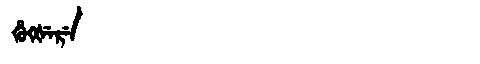
Manchu: ᡥᡠᡴᡧᡝᡵᡝ
Romanization: HUKŠERE